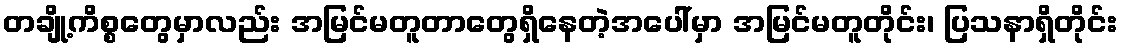
တချို့ကိစ္စတွေမှာလည်း အမြင်မတူတာတွေရှိနေတဲ့အပေါ်မှာ အမြင်မတူတိုင်း၊ ပြသနာရှိတိုင်း